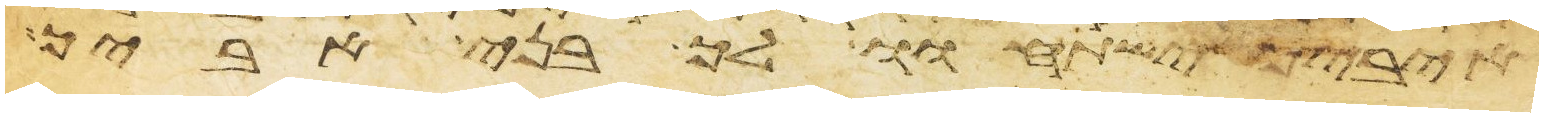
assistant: איביך ישתחוו לך בני אביך